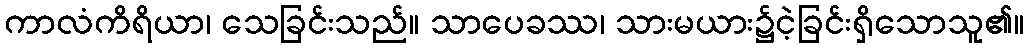
ကာလံကိရိယာ၊ သေခြင်းသည်။ သာပေခဿ၊ သားမယား၌ငဲ့ခြင်းရှိသောသူ၏။